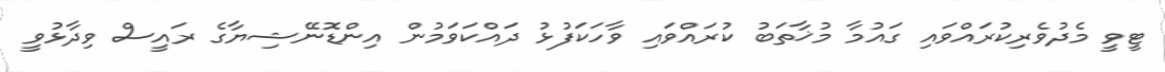
ޓީވީ މެދުވެރިކުރައްވައި ގައުމާ މުޚާތަބު ކުރައްވައި ވާހަކަފުޅު ދައްކަވަމުން އިންޑޮނޭޝިޔާގެ ރައީސް ވިދާޅުވީ